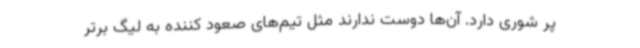
پر شوری دارد. آن‌ها دوست ندارند مثل تیم‌های صعود کننده به لیگ برتر